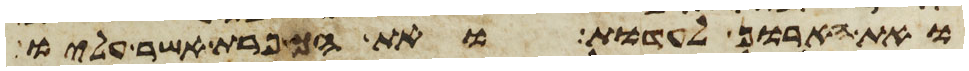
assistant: ואת הארון לעדות ואת הכפרת אשר עליו